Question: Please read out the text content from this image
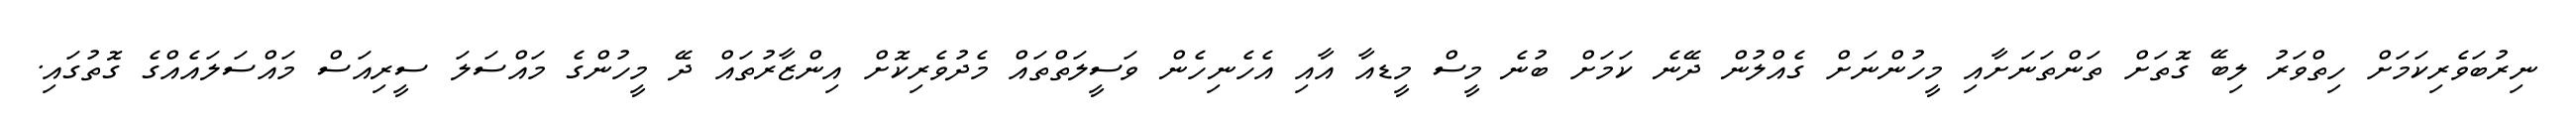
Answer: ނިރުބަވެރިކަމަށް ހިތްވަރު ލިބޭ ގޮތަށް ތަންތަނަށާއި މީހުންނަށް ގެއްލުން ދޭނެ ކަމަށް ބުނެ މީސް މީޑއާ އާއި އެހެނިހެން ވަސީލަތްތައް މެދުވެރިކޮށް އިންޒާރުތައް ދޭ މީހުންގެ މައްސަލަ ސީރިއަސް މައްސަލައެއްގެ ގޮތުގައި.